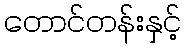
တောင်တန်းနှင့်